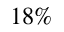
1 8 \%